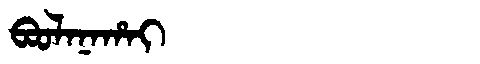
Manchu: ᠪᠣᠣᠯᠠᠨᠠᡥᠠᡳ
Romanization: BOOLANAHAI